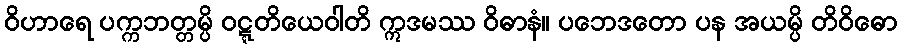
ဝိဟာရေ ပက္ကဘတ္တမ္ပိ ဝဋ္ဋတိယေဝါတိ ဣဒမဿ ဝိဓာနံ။ ပဘေဒတော ပန အယမ္ပိ တိဝိဓော